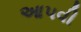
આ૫વી